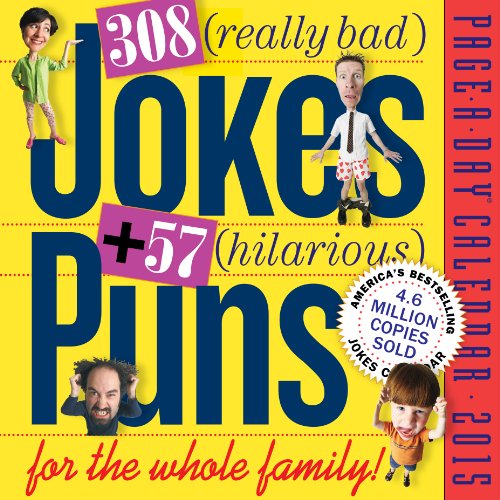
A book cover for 308 Really Bad Jokes + 57 Hilarious Puns 2015 Page-A-Day Calendar; Workman Publishing; Humor & Entertainment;